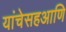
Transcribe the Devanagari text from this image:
यांचेसहआणि